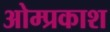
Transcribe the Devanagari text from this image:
ओम्प्रकाश